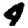
Digit: 4